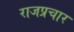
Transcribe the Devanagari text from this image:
राजप्रचार